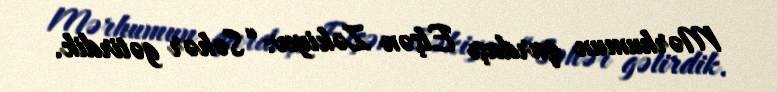
Mərhumun qardaşı Elşən Zəkiyev: “Səhər gətirdik.